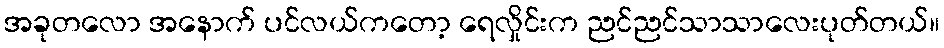
အခုတလော အနောက် ပင်လယ်ကတော့ ရေလှိုင်းက ညင်ညင်သာသာလေးပုတ်တယ်။